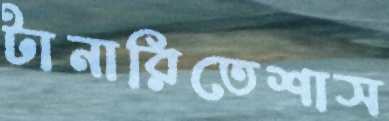
টানারিতেশাস